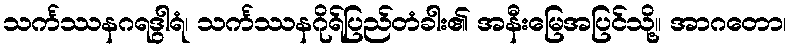
သင်္ကဿနဂရဒွါရံ၊ သင်္ကဿနဂိုရ်ပြည်တံခါး၏ အနီးမြေအပြင်သို့။ အာဂတော၊